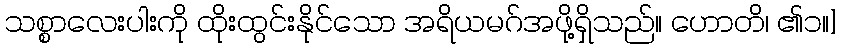
သစ္စာလေးပါးကို ထိုးထွင်းနိုင်သော အရိယမဂ်အဖို့ရှိသည်။ ဟောတိ၊ ၏၁။]